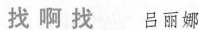
找啊找 吕丽娜